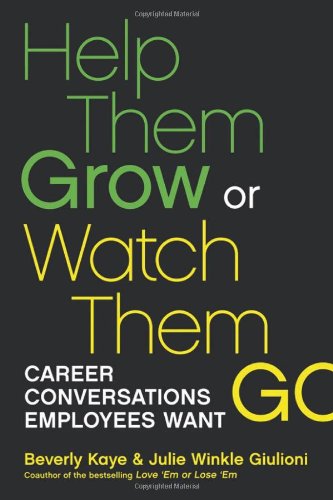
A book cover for Help Them Grow or Watch Them Go: Career Conversations Employees Want; Beverly Kaye; Business & Money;